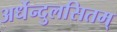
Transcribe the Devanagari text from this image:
अर्धेन्दुलसितम्